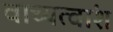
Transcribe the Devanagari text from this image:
वाच्यत्वांश